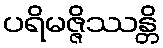
ပရိမဇ္ဇိဿန္တိ